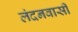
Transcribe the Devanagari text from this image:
लंदनवासी